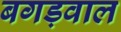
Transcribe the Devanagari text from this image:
बगड़वाल